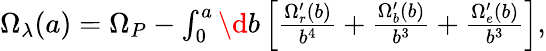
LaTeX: \begin{array}{r}{\Omega_{\lambda}(a)=\Omega_{P}-\int_{0}^{a}\d b\left[\frac{\Omega_{r}^{\prime}(b)}{b^{4}}+\frac{\Omega_{b}^{\prime}(b)}{b^{3}}+\frac{\Omega_{e}^{\prime}(b)}{b^{3}}\right],}\end{array}